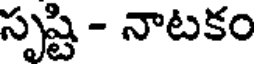
సృష్టి - నాటకం